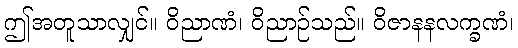
ဤအတူသာလျှင်။ ဝိညာဏံ၊ ဝိညာဉ်သည်။ ဝိဇာနနလက္ခဏံ၊